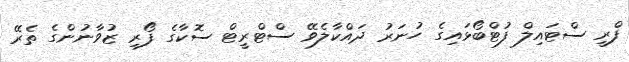
ފްރީ ސްޓައިލް ފުޓްބޯޅައިގެ ހުނަރު ދައްކާލެވޭ ސްޓްރީޓް ސޮކާގެ ފޯރި ޒުވާނުންގެ ތެރޭ